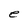
Character: e